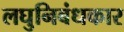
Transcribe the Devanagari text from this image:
लघुनिबंधकार